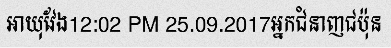
អាយុវែង12:02 PM 25.09.2017អ្នកជំនាញជប៉ុន